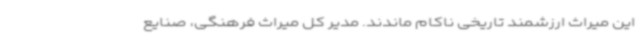
این میراث ارزشمند تاریخی ناکام ماندند. مدیر کل میراث فرهنگی، صنایع